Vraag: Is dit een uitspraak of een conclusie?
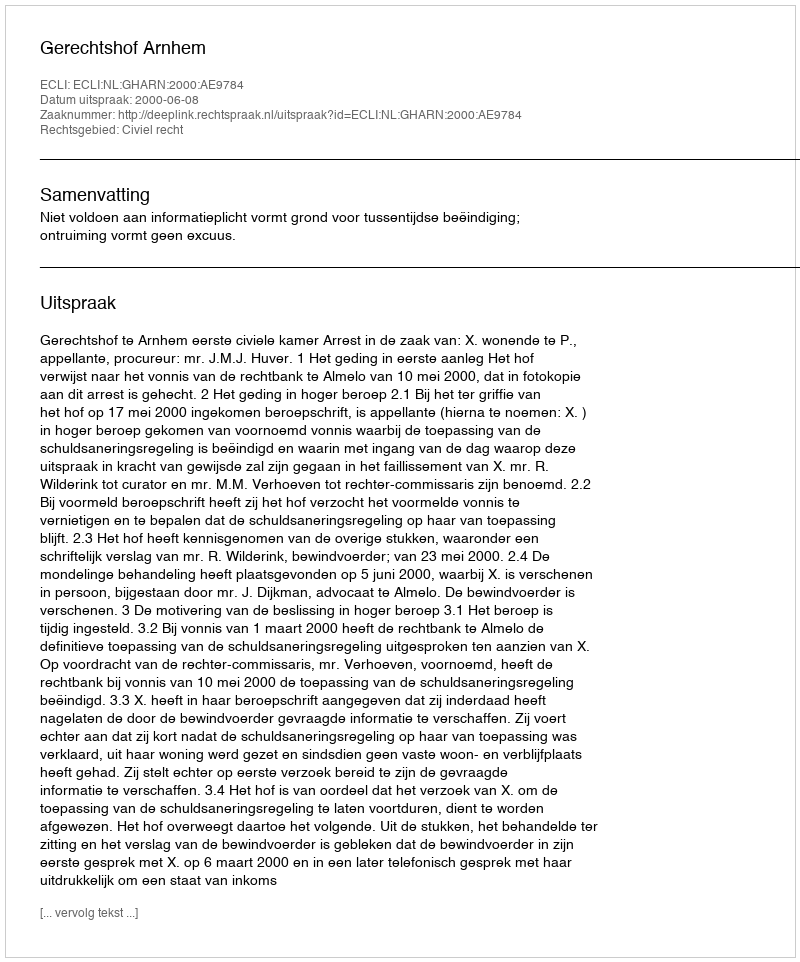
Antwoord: Uitspraak